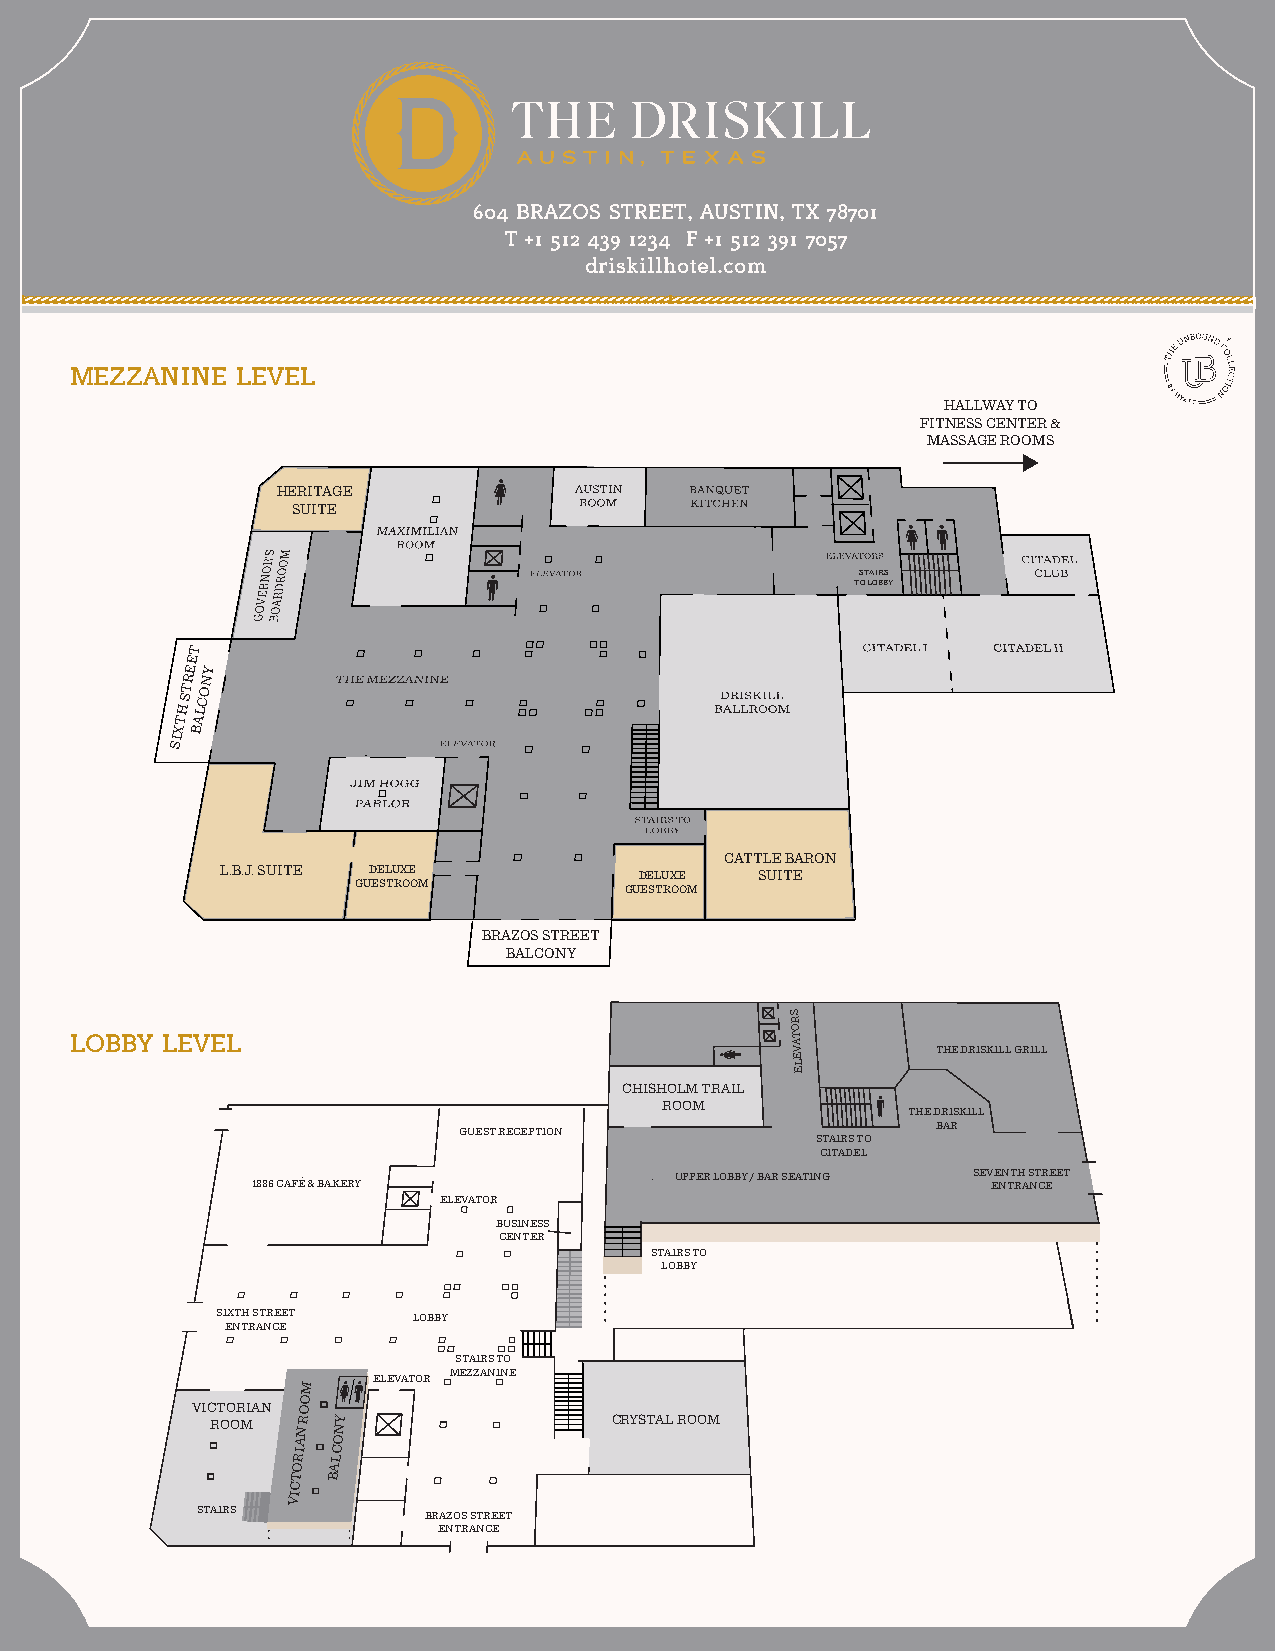
604 BRAZOS STREET, AUSTIN, TX 78701
 T +1 512 439 1234 F +1 512 391 7057
 driskillhotel.com
 MEZZANINE
 MEZZANINE  LEVEL
 HALLWAY TO
 FITNESS CENTER &
 MASSAGE ROOMS
 HERITAGE
 SUITE
 STAIRS
 TO LOBBY
 T
 E
 EY
 RN
 TO
 H
 S LC
 TA
 XB
 SI
 CATTLE BARON
 L.B.J. SUITE DELUXE        DELUXE  SUITE
 GUESTROOM        GUESTROOM
 BRAZOS STREET
 BALCONY
 LOBBY
 S
 R
 O
 LOBBY LEVEL                                    T A
 V         THE DRISKILL GRILL
 E
 L
 E
 CHISHOLM TRAIL
 ROOM
 THE DRISKILL
 GUEST RECEPTION                 BAR
 STAIRS TO
 CITADEL
 UPPER LOBBY / BAR SEATING SEVENTH STREET
 1886 CAFÉ & BAKERY                               ENTRANCE
 ELEVATOR
 BUSINESS
 CENTER
 STAIRS TO
 LOBBY
 SIXTH STREET LOBBY
 ENTRANCE
 STAIRS TO
 ELEVATOR MEZZANINE
 M
 O
 VICTORIAN O
 ROOM
 N
 R NY                CRYSTAL ROOM
 A O
 RI LC
 O  A
 T  B
 C
 VI
 STAIRS
 BRAZOS STREET
 ENTRANCE